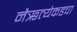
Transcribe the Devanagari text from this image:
नैऋत्येकडचा